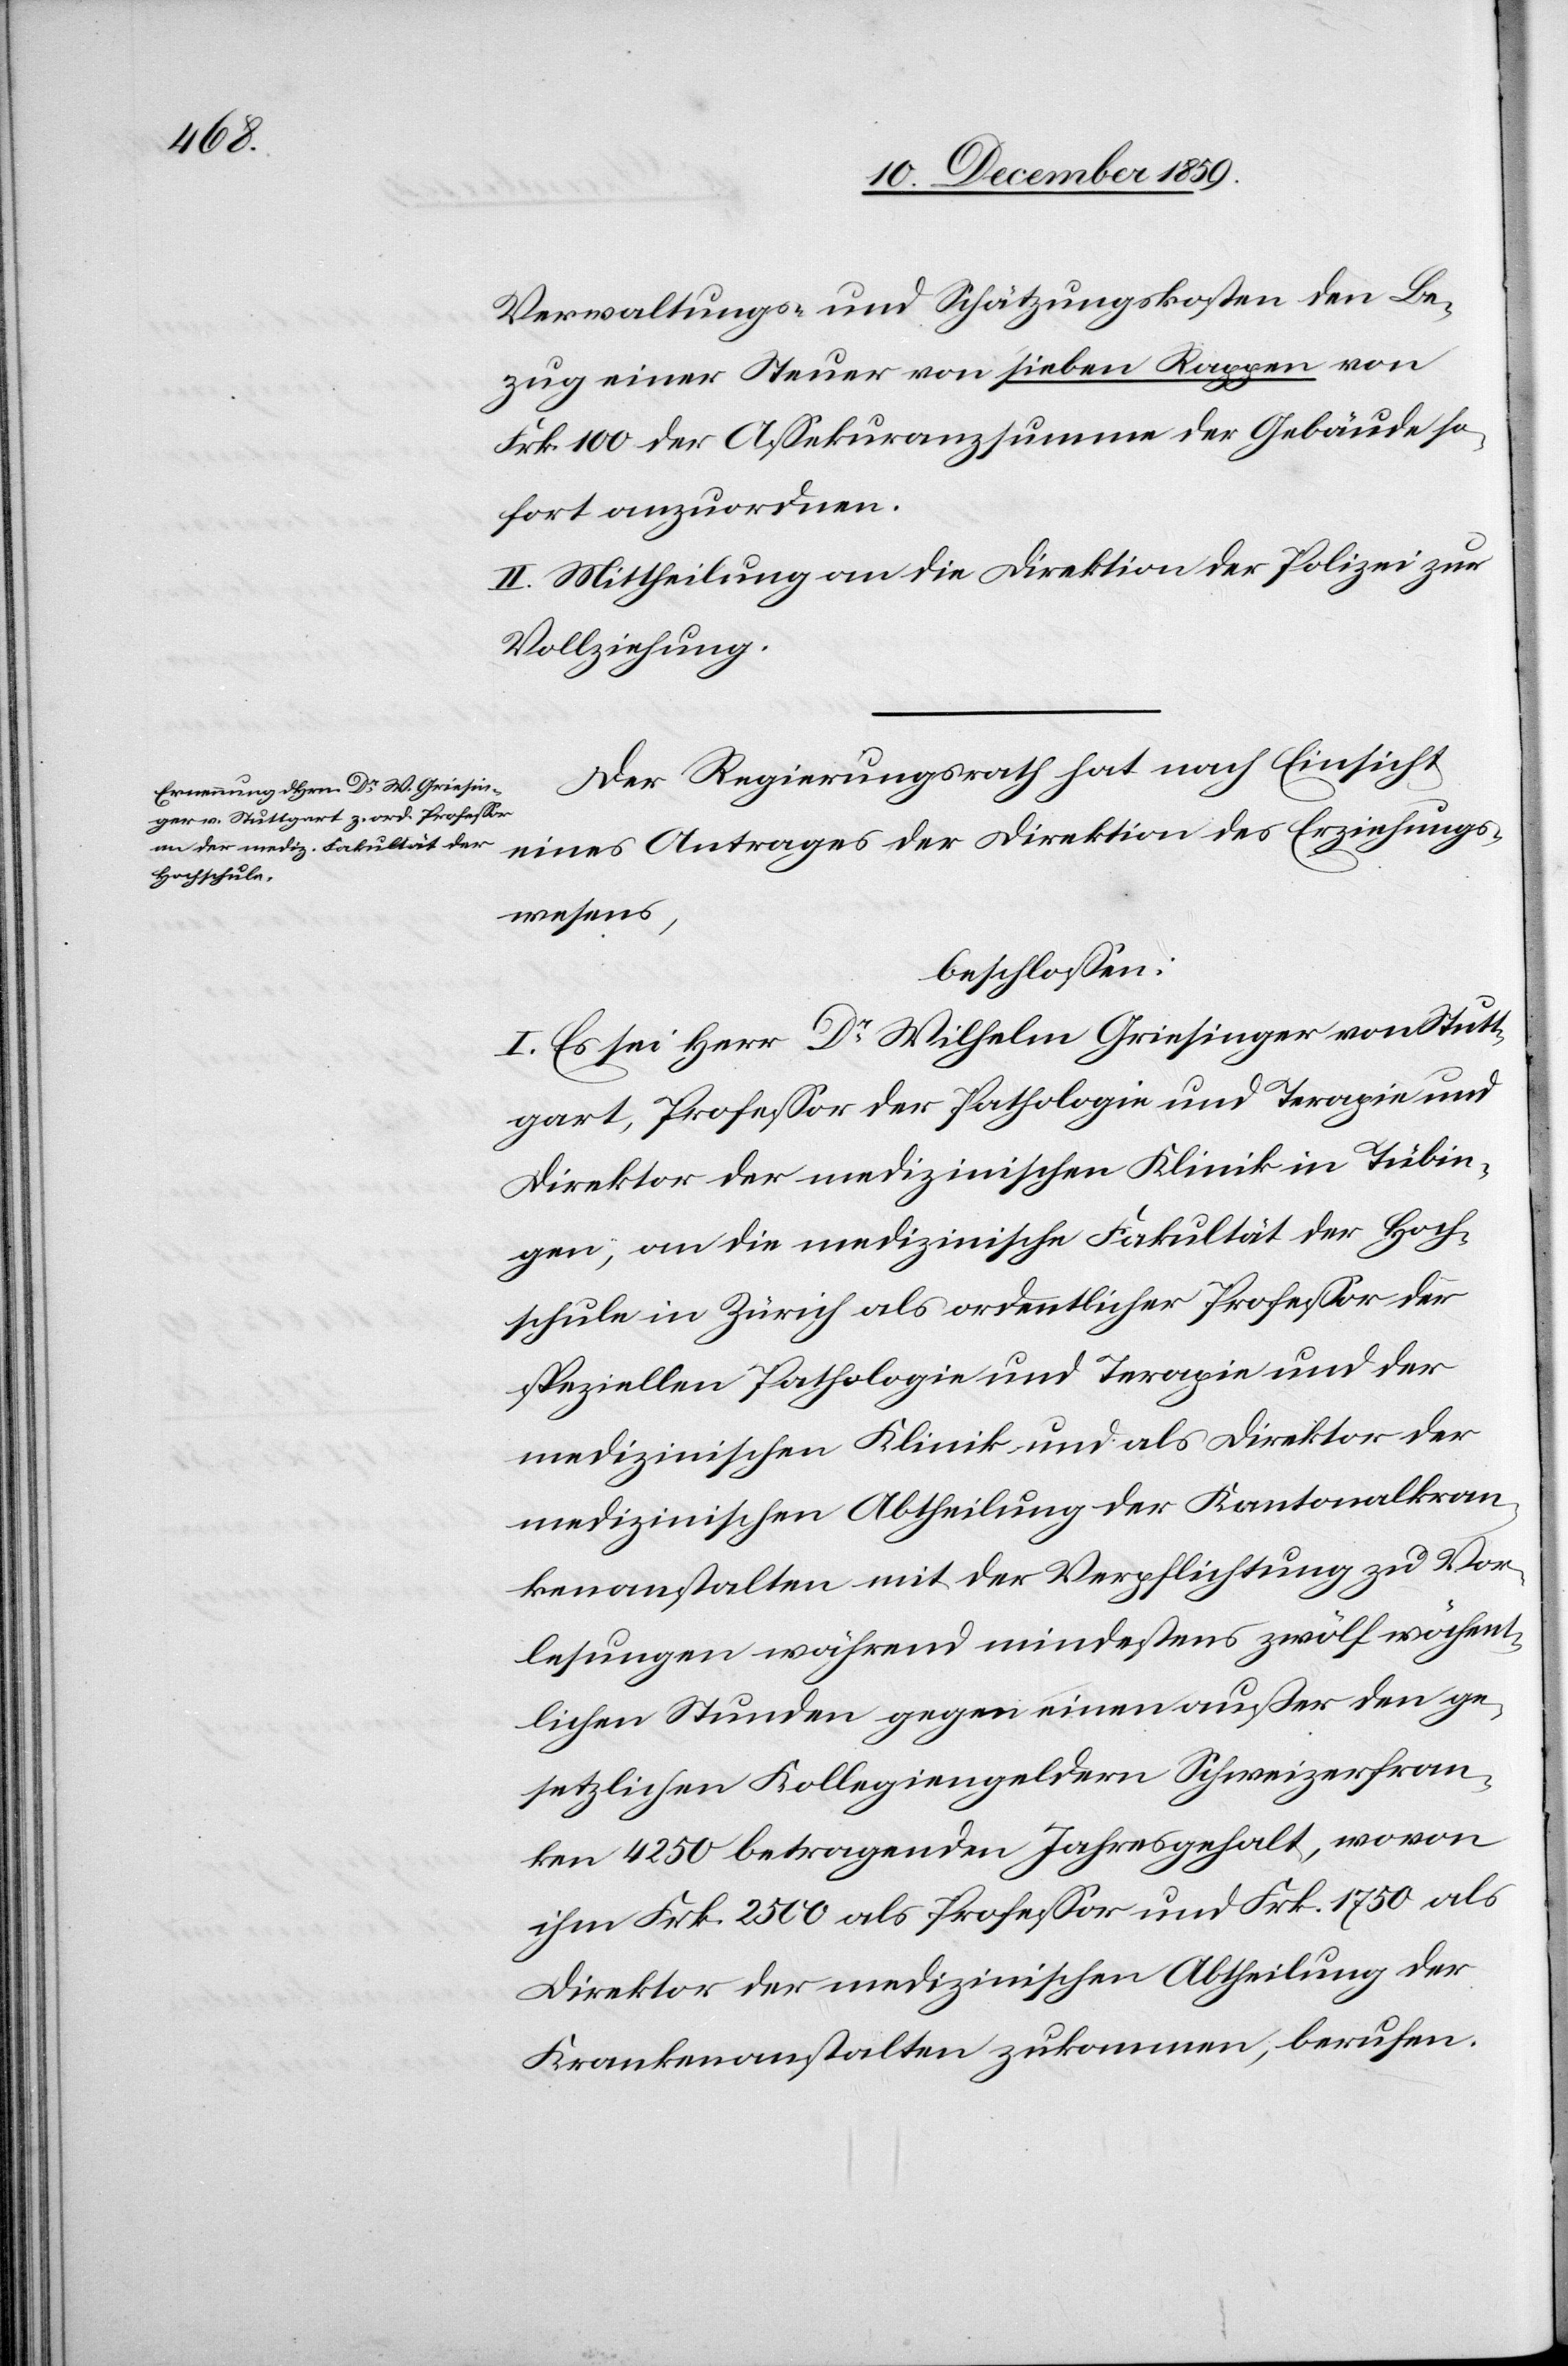
Verwaltungs- und Schätzungskosten den Be¬
zug einer Steuer von sieben Rappen von
Frk. 100 der Assekuranzsumme der Gebäude so¬
fort anzuordnen.
II. Mittheilung an die Direktion der Polizei zur
Vollziehung.
Der Regierungsrath hat nach Einsicht
eines Antrages der Direktion des Erziehungs¬
wesens,
beschlossen:
I. Es sei Herr Dr Wilhelm Griesinger von Stutt¬
gart, Professor der Pathologie und T[h]erapie und
Direktor der medizinischen Klinik in Tübin¬
gen; an die medizinische Fakultät der Hoch¬
schule in Zürich als ordentlicher Professor der
speziellen Pathologie und T[h]erapie und der
medizinischen Klinik, und als Direktor der
medizinischen Abtheilung der Kantonalkran¬
kenanstalten mit der Verpflichtung zu Vor¬
lesungen während mindestens zwölf wöchent¬
lichen Stunden gegen einen außer den ge¬
setzlichen Kollegiengeldern Schweizerfran¬
ken 4250 betragenden Jahresgehalt, wovon
ihm Frk. 2500 als Professor und Frk. 1750 als
Direktor der medizinischen Abtheilung der
Krankenanstalten zukommen, berufen.